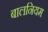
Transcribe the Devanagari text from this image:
बालनियम